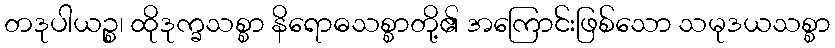
တဒုပါယဉ္စ၊ ထိုဒုက္ခသစ္စာ နိရောဓသစ္စာတို့၏ အကြောင်းဖြစ်သော သမုဒယသစ္စာ